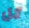
كل